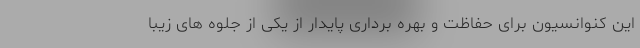
این کنوانسیون برای حفاظت و بهره برداری پایدار از یکی از جلوه های زیبا